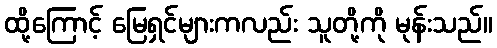
ထို့ကြောင့် မြေရှင်များကလည်း သူတို့ကို မုန်းသည်။